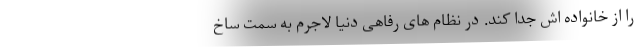
را از خانواده اش جدا کند. در نظام های رفاهی دنیا لاجرم به سمت ساخ